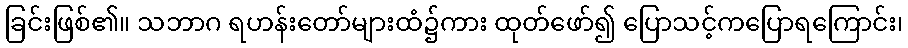
ခြင်းဖြစ်၏။ သဘာဂ ရဟန်းတော်များထံ၌ကား ထုတ်ဖော်၍ ပြောသင့်ကပြောရကြောင်း၊